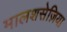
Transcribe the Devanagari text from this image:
मालशसेज़िया